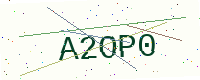
Text: A2OP0